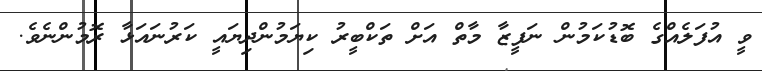
ވީ އުފަލެއްގެ ބޮޑުކަމުން ނަފީޒާ މާތް އަށް ތަކްބީރު ކިޔަމުންދިޔައީ ކަރުނައަޅާ ރޮމުންނެވެ.